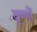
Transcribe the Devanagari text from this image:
वृण्णों